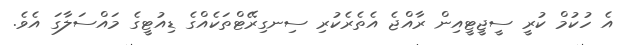
އެ ހުކުމް ކުރީ ސީޖީޓީއިން ރާއްޖެ އެތެރެކުރި ސިނގިރޭޓްތަކެއްގެ ޑިއުޓީގެ މައްސަލާގަ އެވެ.